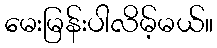
မေးမြန်းပါလိမ့်မယ်။